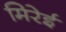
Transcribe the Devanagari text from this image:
मिरेई